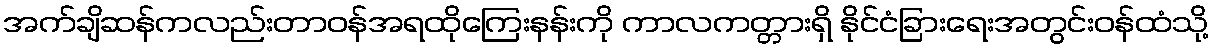
အက်ချိဆန်ကလည်းတာဝန်အရထိုကြေးနန်းကို ကာလကတ္တားရှိ နိုင်ငံခြားရေးအတွင်းဝန်ထံသို့